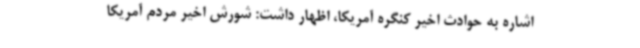
اشاره به حوادث اخیر کنگره آمریکا، اظهار داشت: شورش اخیر مردم آمریکا